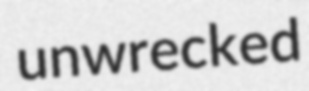
unwrecked